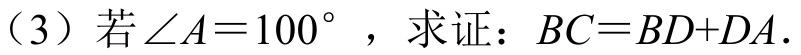
（3）若\(\angle A = 100^{\circ}\) ，求证：\(BC = BD + DA\).